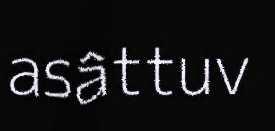
asâttuv